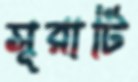
সূরাটি